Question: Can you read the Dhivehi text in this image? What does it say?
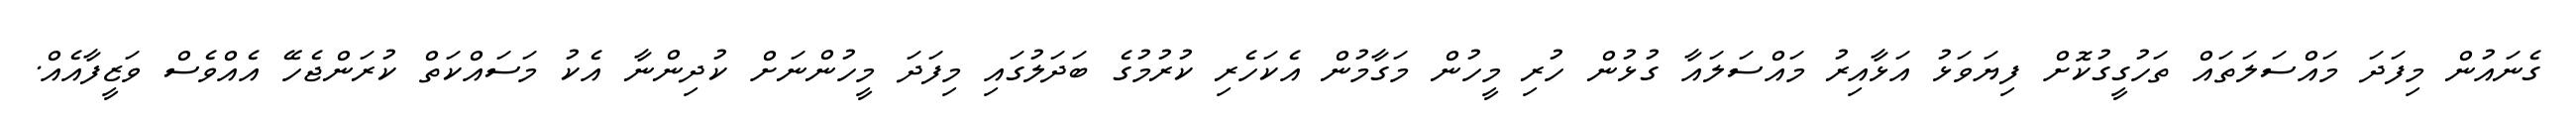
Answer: ގެނައުން މިފަދަ މައްސަލަތައް ތަހުގީގުކޮށް ފިޔަވަޅު އަޅާއިރު މައްސަލައާ ގުޅުން ހުރި މީހުން މަގާމުން އެކަހެރި ކުރުމުގެ ބަދަލުގައި މިފަދަ މީހުންނަށް ކުދިންނާ އެކު މަސައްކަތް ކުރަންޖެހޭ އެއްވެސް ވަޒީފާއެއް.